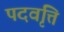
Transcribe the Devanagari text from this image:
पदवृत्ति